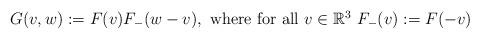
LaTeX: \begin{align*}G(v,w):=F(v)F_{-}(w-v),~\mbox{where for all $v\in {\mathbb R}^3$}~F_{-}(v):=F(-v)\end{align*}